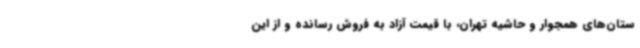
ستان‌های همجوار و حاشیه تهران، با قیمت آزاد به فروش رسانده و از این